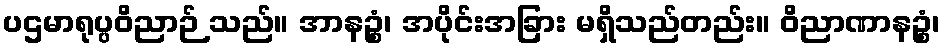
ပဌမာရုပ္ပဝိညာဉ် သည်။ အာနဉ္စံ၊ အပိုင်းအခြား မရှိသည်တည်း။ ဝိညာဏာနဉ္စံ၊